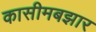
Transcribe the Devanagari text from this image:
कासीमबझार